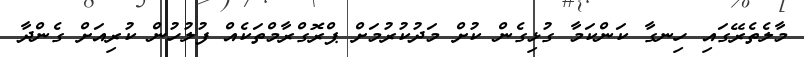
މާލެތެރޭގައި ހިނގާ ކަންކަމާ ގުޅިގެން ކުށް މަދުކުރުމަށް ޕްރޮގްރާމްތަކެއް ފުލުހުން ކުރިއަށް ގެންދާ